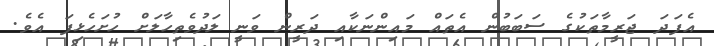
އެފަދަ ޖަރީމާތަކުގެ ސަބަބުން އެތައް މައިންނަކާއި ދަރީން ވަނީ ލަދުވެތިހާލަށް ހުށަހެޅިފަ އެވެ.